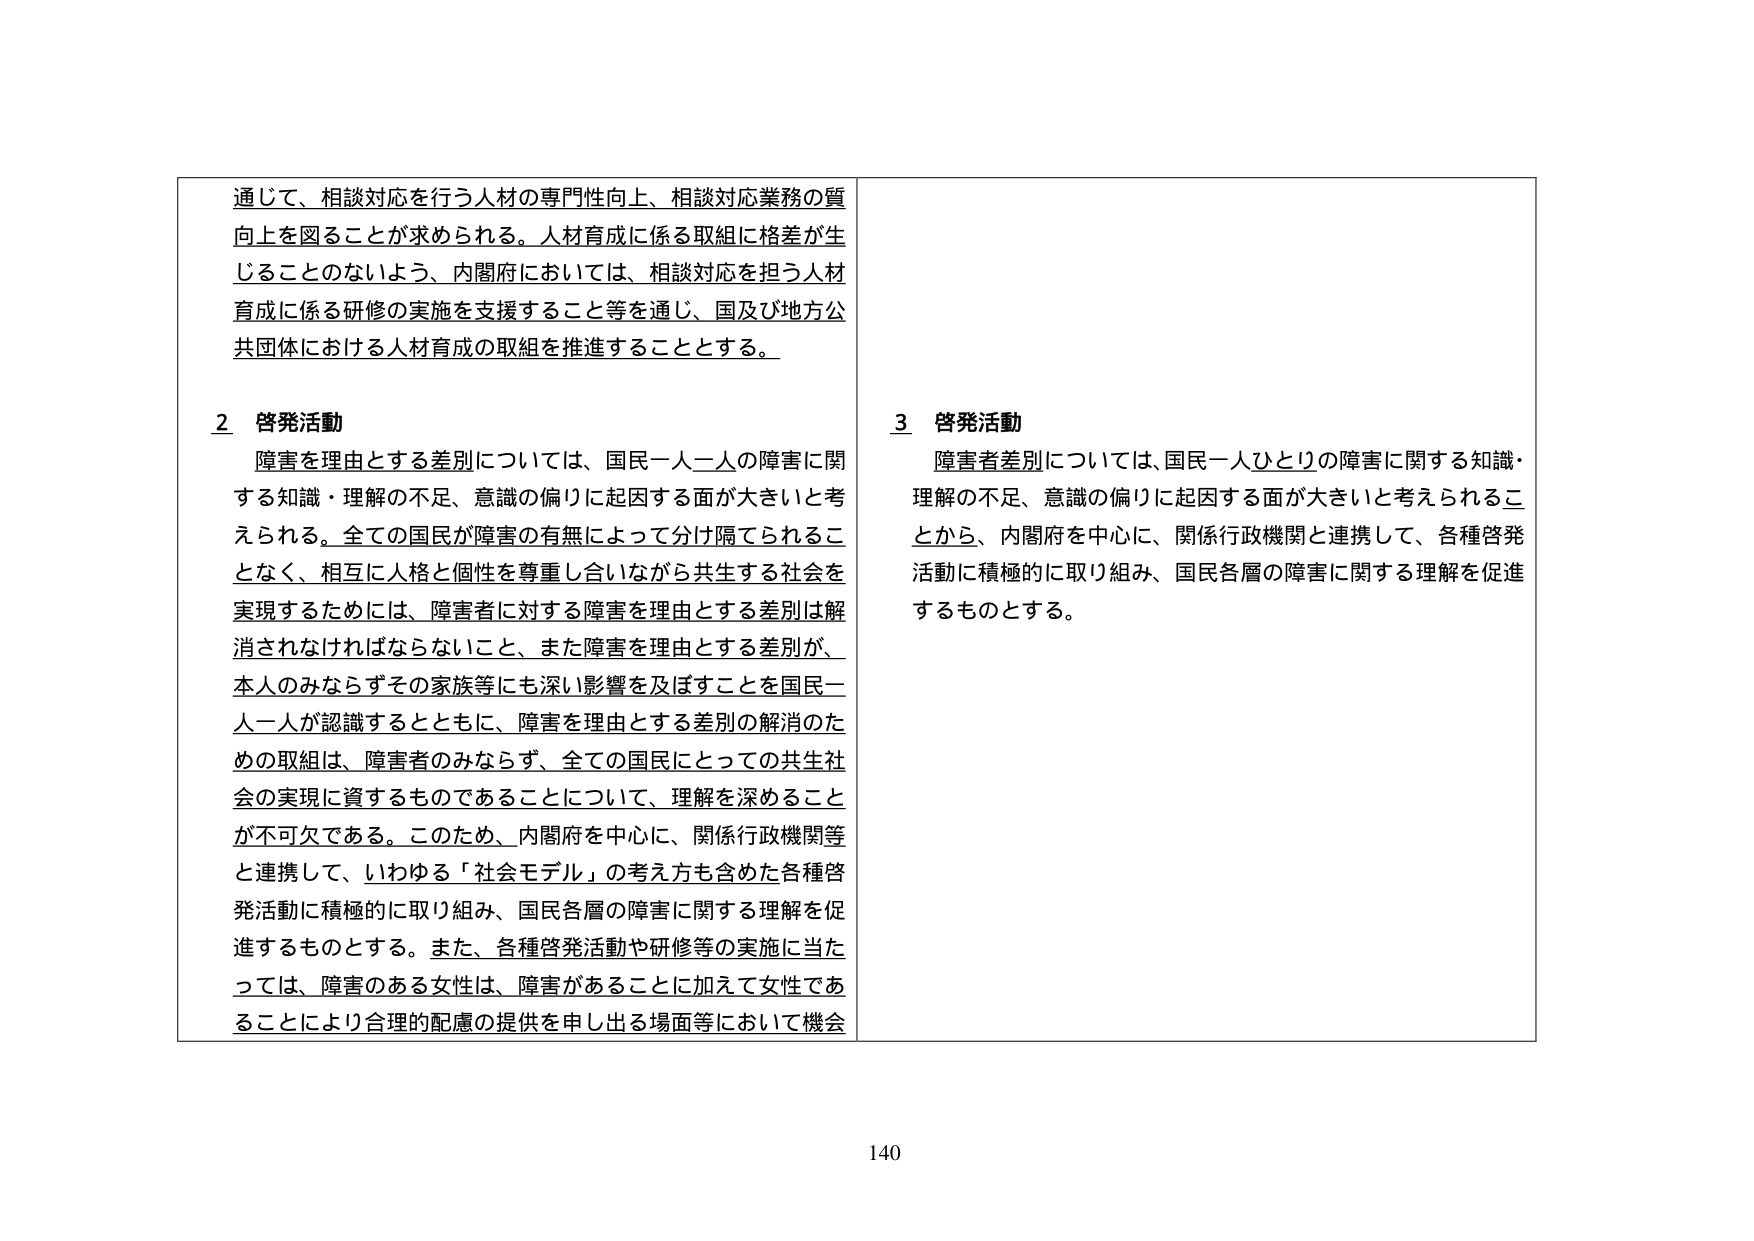
通じて、相談対応を行う人材の専門性向上、相談対応業務の質向上を図ることが求められる。人材育成に係る取組に格差が生じることのないよう、内閣府においては、相談対応を担う人材育成に係る研修の実施を支援すること等を通じ、国及び地方公共団体における人材育成の取組を推進することとする。

2 啓発活動
障害を理由とする差別については、国民一人一人の障害に関する知識・理解の不足、意識の偏りに起因する面が大きいと考えられる。全ての国民が障害の有無によって分け隔てられることなく、相互に人格と個性を尊重し合いながら共生する社会を実現するためには、障害者に対する障害を理由とする差別は解消されなければならないこと、また障害を理由とする差別が、本人のみならずその家族等にも深い影響を及ぼすことを国民一人一人が認識するとともに、障害を理由とする差別の解消のための取組は、障害者のみならず、全ての国民にとっての共生社会の実現に資するものであることについて、理解を深めることが不可欠である。このため、内閣府を中心に、関係行政機関等と連携して、いわゆる「社会モデル」の考え方も含めた各種啓発活動に積極的に取り組み、国民各層の障害に関する理解を促進するものとする。また、各種啓発活動や研修等の実施に当たっては、障害のある女性は、障害があることに加えて女性であることにより合理的配慮の提供を申し出る場面等において機会

3 啓発活動
障害者差別については、国民一人ひとりの障害に関する知識・理解の不足、意識の偏りに起因する面が大きいと考えられることから、内閣府を中心に、関係行政機関と連携して、各種啓発活動に積極的に取り組み、国民各層の障害に関する理解を促進するものとする。

140